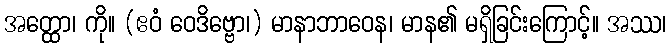
အတ္ထော၊ ကို။ (ဧဝံ ဝေဒိဗ္ဗော၊) မာနာဘာဝေန၊ မာန၏ မရှိခြင်းကြောင့်။ အဿ၊